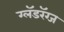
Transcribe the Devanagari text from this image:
ग्लॅडरॅग्ज